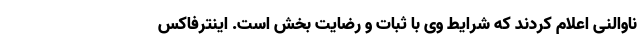
ناوالنی اعلام کردند که شرایط وی با ثبات و رضایت بخش است. اینترفاکس